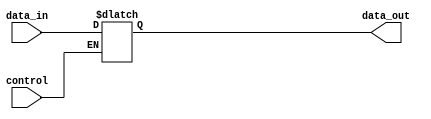
module bidirectional_buffer_gate (
    input data_in,
    output reg data_out,
    input control
);

always @ (control, data_in)
begin
    if (control)
        data_out <= data_in;
end

endmodule